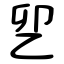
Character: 乮